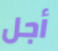
أجل